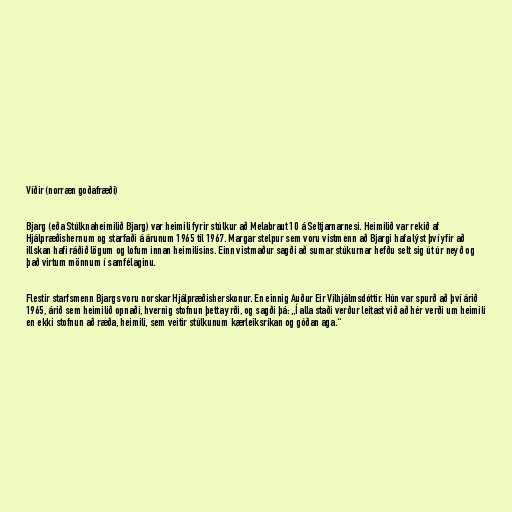
Víðir (norræn goðafræði)

Bjarg (eða Stúlknaheimilið Bjarg) var heimili fyrir stúlkur að Melabraut 10 á Seltjarnarnesi. Heimilið var rekið af
Hjálpræðishernum og starfaði á árunum 1965 til 1967. Margar stelpur sem voru vistmenn að Bjargi hafa lýst því yfir að
illskan hafi ráðið lögum og lofum innan heimilisins. Einn vistmaður sagði að sumar stúkurnar hefðu selt sig út úr neyð og
það virtum mönnum í samfélaginu.

Flestir starfsmenn Bjargs voru norskar Hjálpræðisherskonur. En einnig Auður Eir Vilhjálmsdóttir. Hún var spurð að því árið
1965, árið sem heimilið opnaði, hvernig stofnun þetta yrði, og sagði þá: „Í alla staði verður leitast við að hér verði um heimili
en ekki stofnun að ræða, heimili, sem veitir stúlkunum kærleiksríkan og góðan aga.“